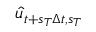
\hat { u } _ { t + s _ { T } \Delta t , s _ { T } }